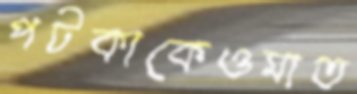
পটকাকেওমাত